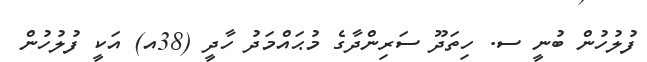
ފުލުހުން ބުނީ ސ. ހިތަދޫ ސަރިންދާގެ މުޙައްމަދު ހާދީ (38އ) އަކީ ފުލުހުން